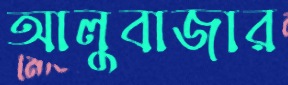
আলুবাজার